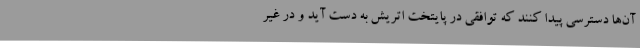
آن‌ها دسترسی پیدا کنند که توافقی در پایتخت اتریش به دست آید و در غیر